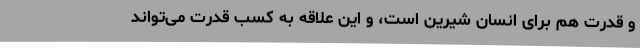
و قدرت هم برای انسان شیرین است، و این علاقه به‌ کسب قدرت می‌تواند